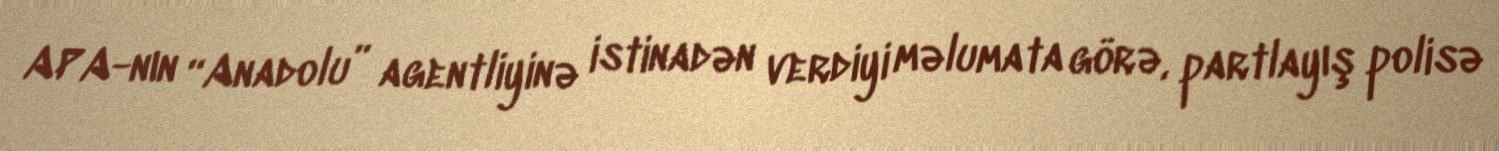
APA-nın “Anadolu” agentliyinə istinadən verdiyi məlumata görə, partlayış polisə